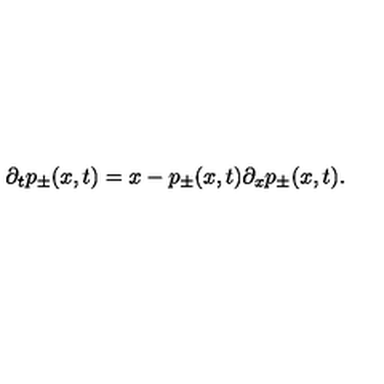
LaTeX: \partial _ { t } p _ { \pm } ( x , t ) = x - p _ { \pm } ( x , t ) \partial _ { x } p _ { \pm } ( x , t ) .